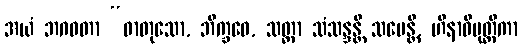
အယံ ဘဂဝတာ “ဓာတုသော, ဘိက္ခဝေ, သတ္တာ သံသန္ဒန္တိ သမေန္တိ, ဟီနာဓိမုတ္တိကာ